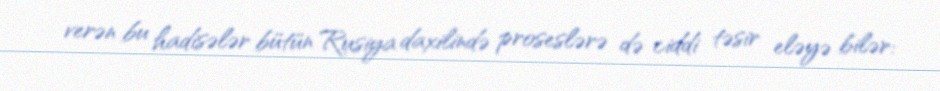
verən bu hadisələr bütün Rusiya daxilində proseslərə də ciddi təsir eləyə bilər: